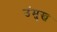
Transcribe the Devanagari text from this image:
उंमुख